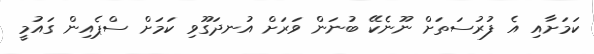
ކަމަށާއި އެ ފުރުސަތަށް ނޫނެކޭ ބުނަން ވަރަށް އުނދަގޫވި ކަމަށް ސްޕެއިން ގައުމީ